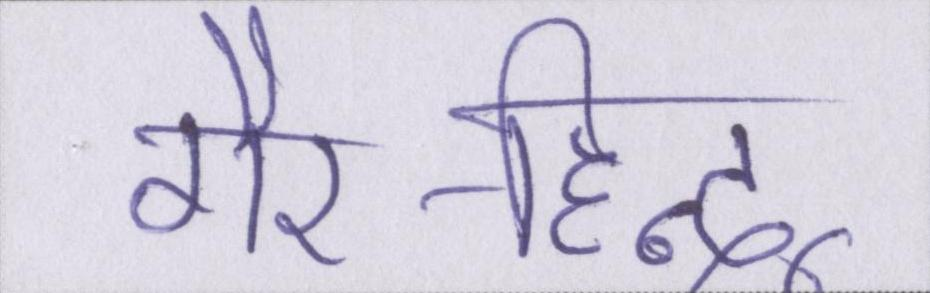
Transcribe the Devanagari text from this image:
गैर-हिन्दू